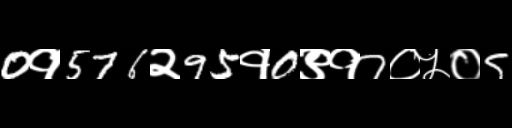
Text: 0१576२95१0९१7०५०5